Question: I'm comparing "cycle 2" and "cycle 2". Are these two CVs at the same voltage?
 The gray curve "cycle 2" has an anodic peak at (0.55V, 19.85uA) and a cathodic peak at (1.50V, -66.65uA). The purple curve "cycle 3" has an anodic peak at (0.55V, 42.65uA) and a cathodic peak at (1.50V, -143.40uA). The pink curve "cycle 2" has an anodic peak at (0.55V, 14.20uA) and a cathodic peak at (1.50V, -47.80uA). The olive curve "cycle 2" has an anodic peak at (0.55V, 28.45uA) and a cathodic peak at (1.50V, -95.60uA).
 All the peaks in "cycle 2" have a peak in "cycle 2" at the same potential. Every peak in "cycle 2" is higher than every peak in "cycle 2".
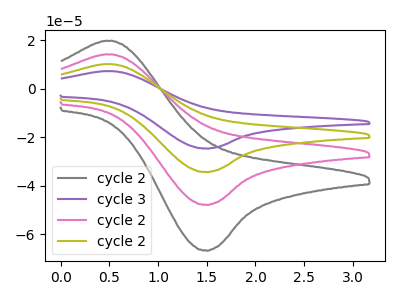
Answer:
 <answer>"cycle 2" and "cycle 2" are similar in shape.</answer>
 <eval>same_shape</eval>